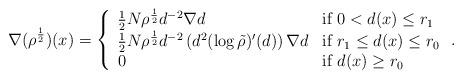
LaTeX: \begin{align*}\nabla (\rho^{\frac{1}{2}}) (x) =\left\{ \begin{array}{ll}\frac{1}{2} N \rho^{\frac{1}{2}} d^{-2} \nabla d & \mbox{if $0<d(x)\le r_1$} \\ \frac{1}{2}N \rho^{\frac{1}{2}} d^{-2}\left(d^2(\log\tilde{\rho})'(d)\right)\nabla d & \mbox{if $r_1\le d(x)\le r_0$}\\ 0 & \mbox{if $d(x) \ge r_0$}\end{array}\right..\end{align*}